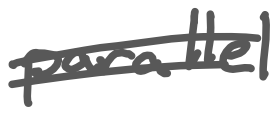
Text: parallel
Cross-out: double-line
Writing tool: digital_gray